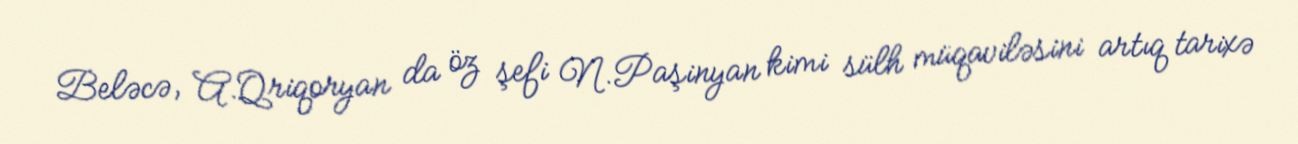
Beləcə, A.Qriqoryan da öz şefi N.Paşinyan kimi sülh müqaviləsini artıq tarixə